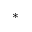
^ *